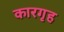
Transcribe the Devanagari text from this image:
कारगृह